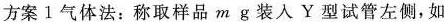
方案1气体法：称取样品m g装入Y型试管左侧，如